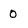
Character: 0